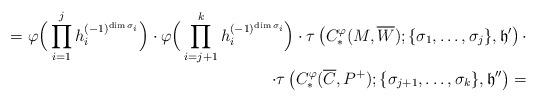
LaTeX: \begin{align*}=\varphi\Big(\prod_{i=1}^j h_i^{(-1)^{\dim \sigma_i}}\Big)\cdot \varphi\Big(\prod_{i=j+1}^k h_i^{(-1)^{\dim \sigma_i}}\Big)\cdot \tau\left(C_*^{\varphi}(M,\overline{W});\{\sigma_1,\dots,\sigma_j\},\mathfrak{h}'\right)\cdot&\\\cdot\tau\left(C_*^{\varphi}(\overline{C},P^+);\{\sigma_{j+1},\dots,\sigma_k\},\mathfrak{h}''\right)=\end{align*}